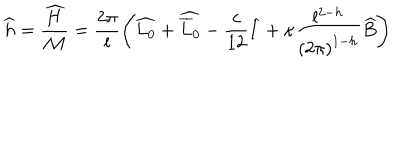
\widehat { h } = \displaystyle \frac { \widehat { H } } { { \cal M } } = \displaystyle \frac { 2 \pi } { l } \left( \widehat { L _ { 0 } } + \widehat { \overline { { { L } } } _ { 0 } } - \displaystyle \frac { c } { 1 2 } \widehat { I } + \kappa \displaystyle \frac { l ^ { 2 - h } } { \left( 2 \pi \right) ^ { 1 - h } } \widehat { B } \right)